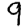
Digit: 9